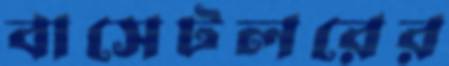
বাসেটলরের